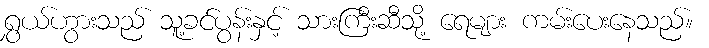
ရွှယ်ဟွားသည် သူ့ခင်ပွန်းနှင့် သားကြီးဆီသို့ ရေများ ကမ်းပေးနေသည်။